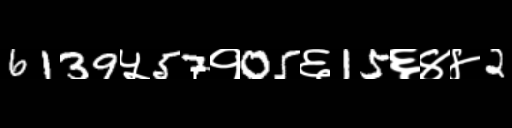
Text: 6139५57१05६15६४४2